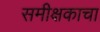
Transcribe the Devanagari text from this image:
समीक्षकाचा